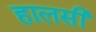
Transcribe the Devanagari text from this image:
हालसी